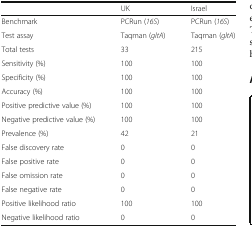
<table><thead><tr><td>[EMPTY_CELL]</td><td><b>UK</b></td><td><b>Israel</b></td></tr></thead><tbody><tr><td>Benchmark</td><td>PCRun (<i>16S</i>)</td><td>PCRun (<i>16S</i>)</td></tr><tr><td>Test assay</td><td>Taqman (<i>gltA</i>)</td><td>Taqman (<i>gltA</i>)</td></tr><tr><td>Total tests</td><td>33</td><td>215</td></tr><tr><td>Sensitivity (%)</td><td>100</td><td>100</td></tr><tr><td>Specificity (%)</td><td>100</td><td>100</td></tr><tr><td>Accuracy (%)</td><td>100</td><td>100</td></tr><tr><td>Positive predictive value (%)</td><td>100</td><td>100</td></tr><tr><td>Negative predictive value (%)</td><td>100</td><td>100</td></tr><tr><td>Prevalence (%)</td><td>42</td><td>21</td></tr><tr><td>False discovery rate</td><td>0</td><td>0</td></tr><tr><td>False positive rate</td><td>0</td><td>0</td></tr><tr><td>False omission rate</td><td>0</td><td>0</td></tr><tr><td>False negative rate</td><td>0</td><td>0</td></tr><tr><td>Positive likelihood ratio</td><td>100</td><td>100</td></tr><tr><td>Negative likelihood ratio</td><td>0</td><td>0</td></tr></tbody></table>